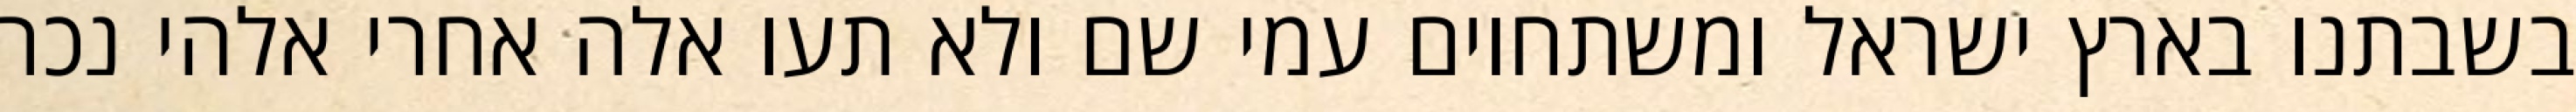
בשבתנו בארץ ישראל ומשתחוים עמי שם ולא תעו אלה אחרי אלהי נכר